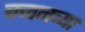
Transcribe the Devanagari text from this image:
बच्चनच्या